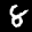
Label: 8